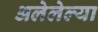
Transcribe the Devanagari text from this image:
अलेलेल्या